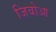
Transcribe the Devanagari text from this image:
जिबोआ